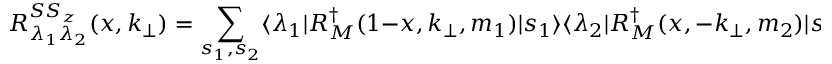
R _ { \lambda _ { 1 } \lambda _ { 2 } } ^ { S S _ { z } } ( x , k _ { \bot } ) = \sum _ { s _ { 1 } , s _ { 2 } } \langle \lambda _ { 1 } | { \cal R } _ { M } ^ { \dagger } ( 1 - x , k _ { \bot } , m _ { 1 } ) | s _ { 1 } \rangle \langle \lambda _ { 2 } | { \cal R } _ { M } ^ { \dagger } ( x , - k _ { \bot } , m _ { 2 } ) | s _ { 2 } \rangle \langle { \frac { 1 } { 2 } } s _ { 1 } ; { \frac { 1 } { 2 } } s _ { 2 } | S , S _ { z } \rangle ,